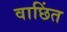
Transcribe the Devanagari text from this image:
वाछिंत